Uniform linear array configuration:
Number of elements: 48
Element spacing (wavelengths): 1
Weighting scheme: kaiser
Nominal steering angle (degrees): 60
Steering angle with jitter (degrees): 58.574
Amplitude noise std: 0.05
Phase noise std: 0.05

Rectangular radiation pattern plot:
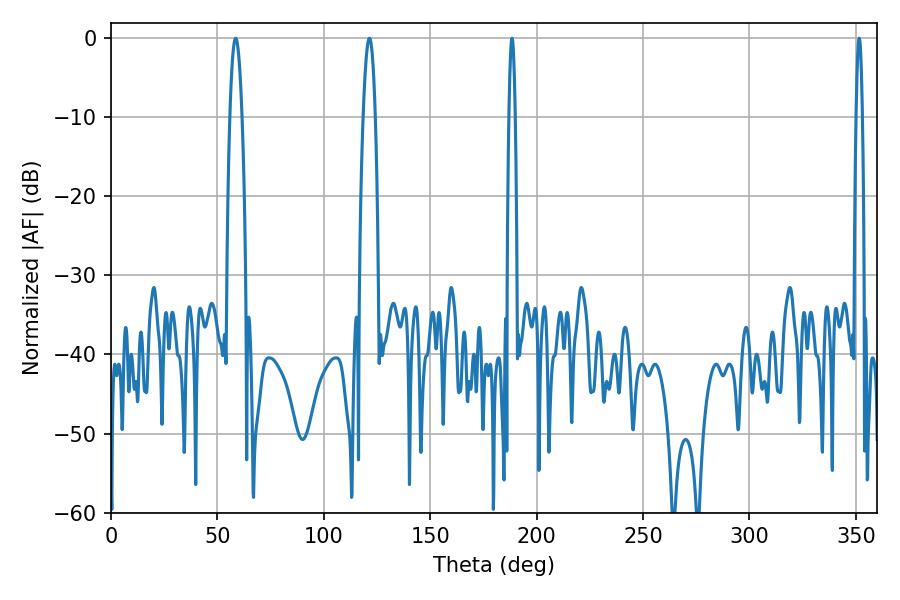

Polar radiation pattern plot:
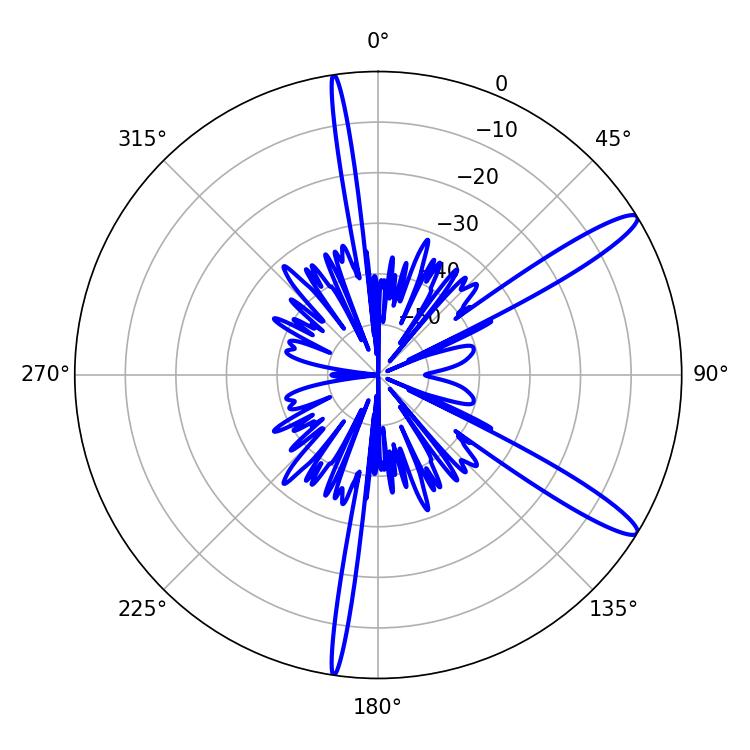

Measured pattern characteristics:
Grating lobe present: TRUE
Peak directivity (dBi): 13.338
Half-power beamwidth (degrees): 1.44
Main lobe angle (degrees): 351.54